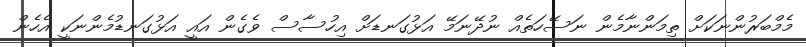
މެމްބަރުންނަކަށް ތިމަންނާމެން ނަސޭހަތެއް ނުދޭނަމޭ އަޅުގަނޑަށް އިހުސާސް ވެގެން އައީ އަޅުގަނޑުމެންނަކީ އެހެން